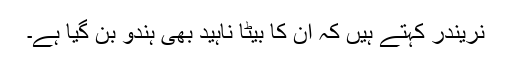
نریندر کہتے ہیں کہ ان کا بیٹا ناہید بھی ہندو بن گیا ہے۔